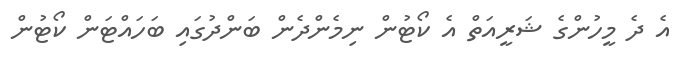
އެ ދެ މީހުންގެ ޝަރީއަތް އެ ކޯޓުން ނިމެންދެން ބަންދުގައި ބަހައްޓަން ކޯޓުން